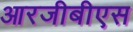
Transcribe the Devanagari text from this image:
आरजीबीएस